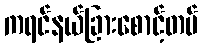
ကရင်နယ်ခြားစောင့်တပ်